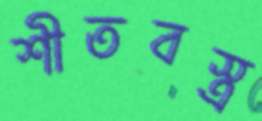
শীতবস্ত্র